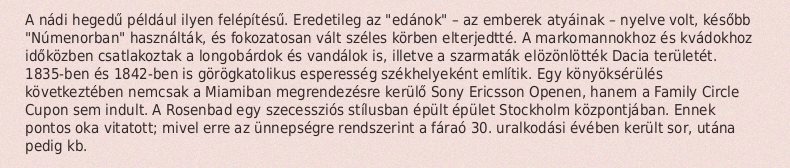
A nádi hegedű például ilyen felépítésű. Eredetileg az "edánok" – az emberek atyáinak – nyelve volt, később "Númenorban" használták, és fokozatosan vált széles körben elterjedtté. A markomannokhoz és kvádokhoz időközben csatlakoztak a longobárdok és vandálok is, illetve a szarmaták elözönlötték Dacia területét. 1835-ben és 1842-ben is görögkatolikus esperesség székhelyeként említik. Egy könyöksérülés következtében nemcsak a Miamiban megrendezésre kerülő Sony Ericsson Openen, hanem a Family Circle Cupon sem indult. A Rosenbad egy szecessziós stílusban épült épület Stockholm központjában. Ennek pontos oka vitatott; mivel erre az ünnepségre rendszerint a fáraó 30. uralkodási évében került sor, utána pedig kb.